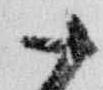
十